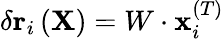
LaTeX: \delta\mathbf{r}_{i}\left(\mathbf{X}\right)=W\cdot\mathbf{x}_{i}^{(T)}